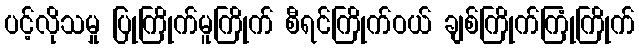
ပင့်လိုသမှု ပြုကြိုက်မူကြိုက် စီရင်ကြိုက်ဝယ် ချစ်ကြိုက်ကြုံကြိုက်